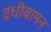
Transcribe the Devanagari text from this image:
दधीबामन